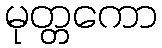
မုတ္တကော